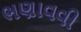
ભણાવવી